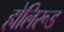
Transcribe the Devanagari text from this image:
होलिरूड